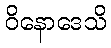
ဝိနောဒေသိ